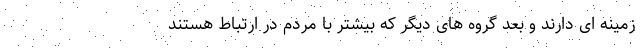
زمینه ای دارند و بعد گروه های دیگر که بیشتر با مردم در ارتباط هستند